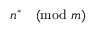
n ^ { * } { \pmod { m } }